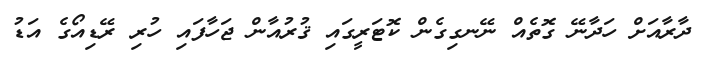
ދާރާއަށް ހަދާނޭ ގޮތެއް ނޭނގިގެން ކޮޓަރީގައި ޤުރުއާން ޖަހާފައި ހުރި ރޭޑިއޯގެ އަޑު